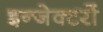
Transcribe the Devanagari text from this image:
इन्जेक्टरों